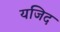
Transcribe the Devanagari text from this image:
यजिद